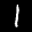
Label: 1